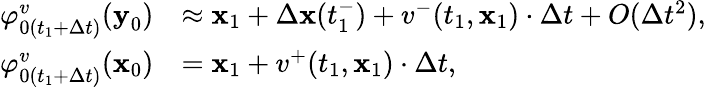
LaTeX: \begin{array}{rl}{\varphi_{0(t_{1}+\Delta t)}^{v}(\textbf{y}_{0})}&{\approx\textbf{x}_{1}+\Delta\textbf{x}(t_{1}^{-})+v^{-}(t_{1},\textbf{x}_{1})\cdot\Delta t+O(\Delta t^{2}),}\\ {\varphi_{0(t_{1}+\Delta t)}^{v}(\textbf{x}_{0})}&{=\textbf{x}_{1}+v^{+}(t_{1},\textbf{x}_{1})\cdot\Delta t,}\end{array}